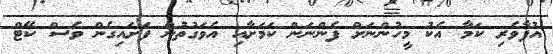
އުފާވެރި ކަމާ އެކު މީހުންނަށް ފެންނަން ކަމަށާއި އެވަގުތުން ފަށައިގެން ވެސް ކޭޓް